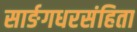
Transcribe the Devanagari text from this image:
सार्ङगधरसंहिता